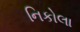
નિકોલા